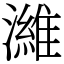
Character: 濰